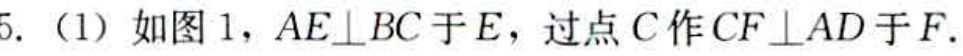
5.（1）如图1，$AE\perp BC$于$E$，过点$C$作$CF\perp AD$于$F$.